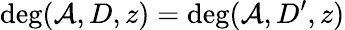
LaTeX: \deg(\mathcal{A},D,z)=\deg(\mathcal{A},D^{\prime},z)